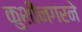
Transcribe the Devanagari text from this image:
कुशीनगरने